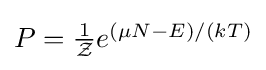
\textstyle P={\frac {1}{\mathcal {Z}}}e^{(\mu N-E)/(kT)}